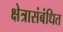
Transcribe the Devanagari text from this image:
क्षेत्रासंबंधित